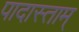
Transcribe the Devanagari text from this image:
पादास्ताम्